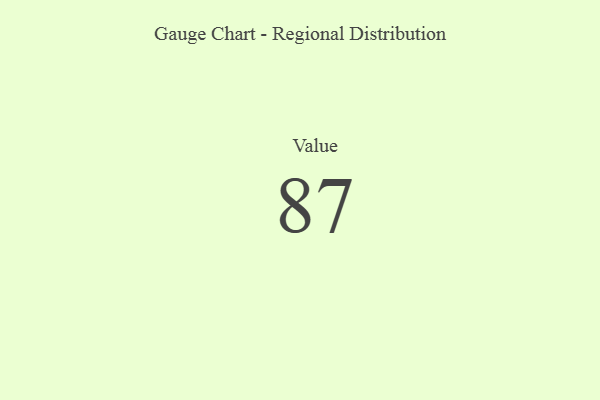
{"axis": {"x": "Metric", "y": "Value"}, "legend": [""], "data": [{"x": "Value", "y": 87, "type": ""}]}